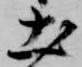
土